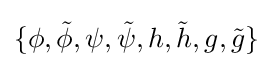
\{\phi ,{\tilde {\phi }},\psi ,{\tilde {\psi }},h,{\tilde {h}},g,{\tilde {g}}\}